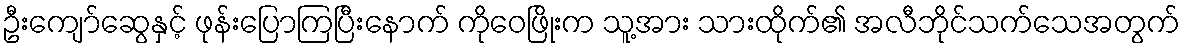
ဦးကျော်ဆွေနှင့် ဖုန်းပြောကြပြီးနောက် ကိုဝေဖြိုးက သူ့အား သားထိုက်၏ အလီဘိုင်သက်သေအတွက်